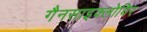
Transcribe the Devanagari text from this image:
गैनसाइक्लोविर